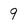
Character: 9